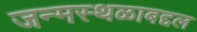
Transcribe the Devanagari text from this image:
जन्मस्थळाबद्दल